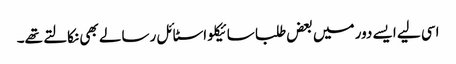
اسی لیے ایسے دور میں بعض طلبا سائیکلو اسٹائل رسالے بھی نکالتے تھے۔